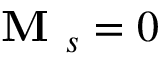
\textbf { M } _ { s } = 0